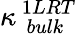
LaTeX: \kappa_{\, \, bulk}^{\, 1LRT}